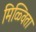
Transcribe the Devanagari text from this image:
मिळ्विता